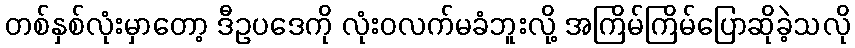
တစ်နှစ်လုံးမှာတော့ ဒီဥပဒေကို လုံးဝလက်မခံဘူးလို့ အကြိမ်ကြိမ်ပြောဆိုခဲ့သလို